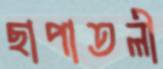
ছাপাতলী